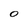
Character: 0